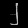
Digit: ၂